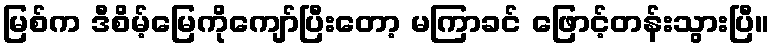
မြစ်က ဒီစိမ့်မြေကိုကျော်ပြီးတော့ မကြာခင် ဖြောင့်တန်းသွားပြီ။